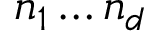
n _ { 1 } \ldots n _ { d }